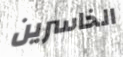
الخاسرين